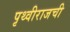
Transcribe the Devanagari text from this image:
पृथ्वीराजची